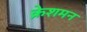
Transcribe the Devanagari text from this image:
क्रेशमन